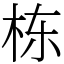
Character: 栋